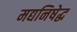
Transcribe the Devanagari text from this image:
मद्यनिषेद्ध